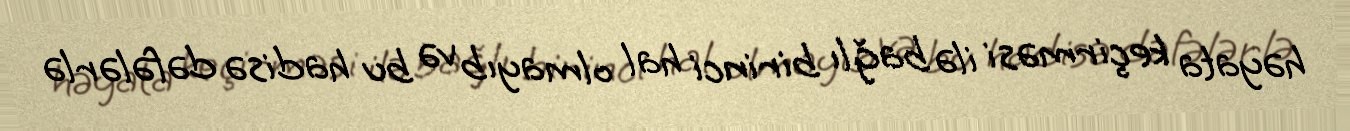
həyata keçirməsi ilə bağlı birinci hal olmayıb və bu hadisə dəfələrlə